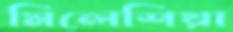
মিলেশিয়া